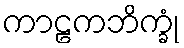
ကာဠကဘိက္ခုံ